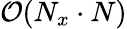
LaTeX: \mathcal{O}(N_{x}\cdot N)